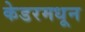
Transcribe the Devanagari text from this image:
केडरमधून